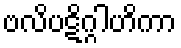
ဗလိပဋိဂ္ဂါဟိကာ